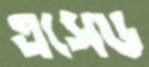
এসেড